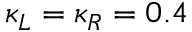
\kappa _ { L } = \kappa _ { R } = 0 . 4